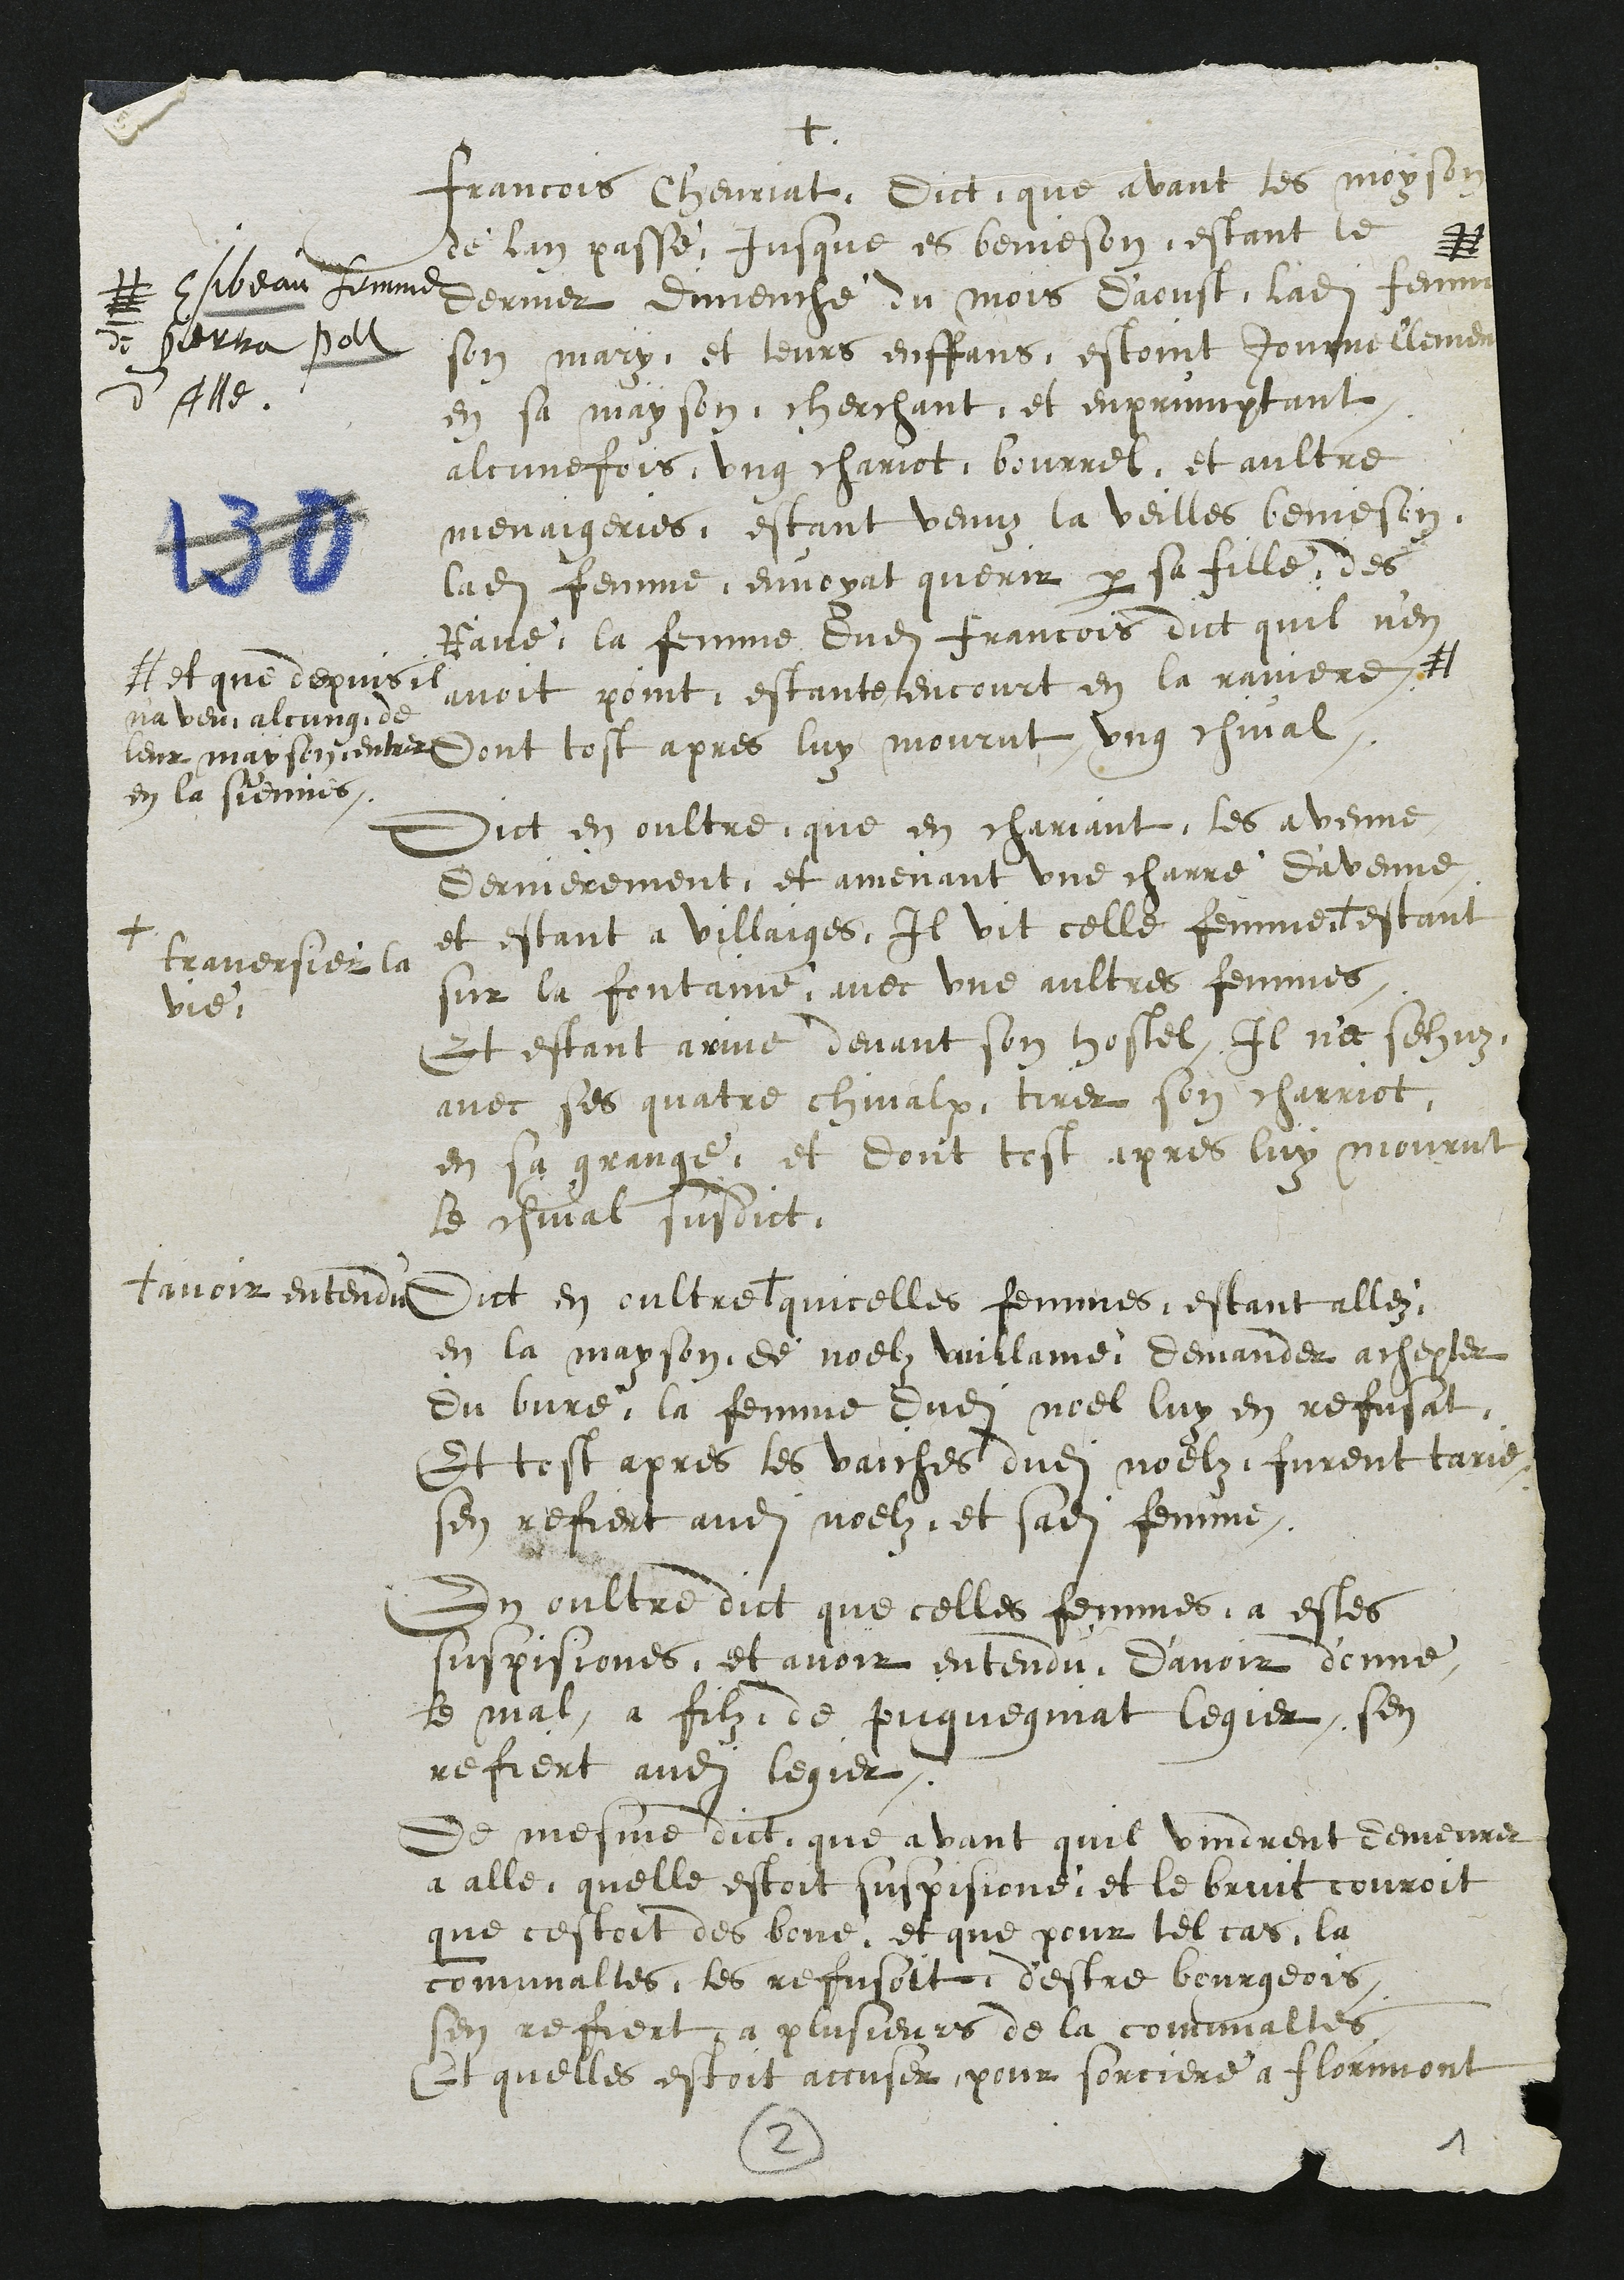
+
Francois Chevriat, Dict que avant les moyson
de lan passe, jusque es benieson, estant le
dernier dimenche du mois d'aoust, ladite femme
#
# Esibeau femme
de Pierra Poll
d'Alle
son mary, et leurs enffans, estoint journellement
en sa mayson, cherchant, et emprumptant
alcune fois ung chariot, bourrel, et aultre
menaigeries, estant venuz la veilles benieson
ladite femme envoyat querir par sa fille, des
Rave, la femme dudit Francois dict quil n'en
avoit point, estante encourt en la raviere #
# et que depuis il
n'a veu alcung de
leur mayson entrer
en la siennes,
dont tost apres luy mourut ung chival.
Dict en oultre que en chariant les avenne
dernierement, et amenant une charre d'avenne
et estant a villaiges, il vit celle femme +
+ traversier la
vie
estant
sur la fontaine, avec une aultres femmes,
Et estant arive devant son hostel, Il n'a sehuz
avec ses quatre chivalx, tirer son charriot,
en sa grange, et dont tost apres luy mourut
le cheval susdict.
Dict en oultre +
+ avoir entendu
quicelles femmes, estant allez
en la mayson de Noelz Vuillame demander achepter
du bure, la femme dudit Noel luy en refusat
Et tost apres les vaiches dudit Noelz furent tarie
sen refiert audit Noel, et sadite femme.
En oultre dict que celles femmes, a estes
suspisiones, et avoir entendu, d'avoir donné
le mal a filz de picquegniat legier, sen
refiert audit legier.
De mesme dict que avant quil vindrent demeurer
a alle, quelle estoit suspisioné et le bruit couroit
que cestoit des bone, et que pour tel cas, la
communaltes, les refusoit d'estre bourgeois
sen refiert a plusieurs de la comunaltes
Et quelles estoit accuser pour sorciere a florimont
2
1